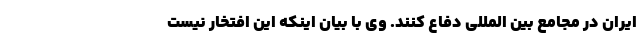
ایران در مجامع بین المللی دفاع کنند. وی با بیان اینکه این افتخار نیست